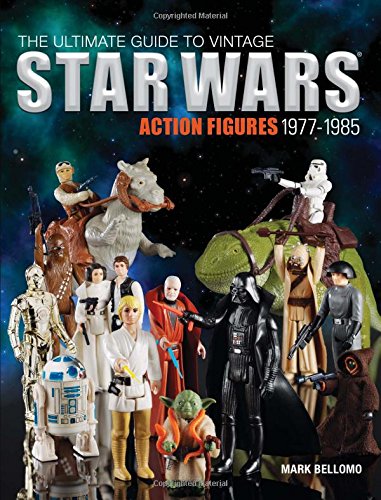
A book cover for The Ultimate Guide to Vintage Star Wars Action Figures, 1977-1985; Mark Bellomo; Crafts, Hobbies & Home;